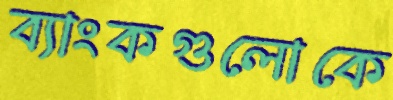
ব্যাংকগুলোকে